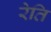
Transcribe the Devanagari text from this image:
रेति